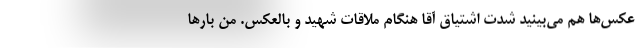
عکس‌ها هم می‌بینید شدت اشتیاق آقا هنگام ملاقات شهید و بالعکس. من بارها